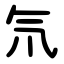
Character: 氘